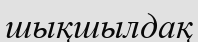
шықшылдақ